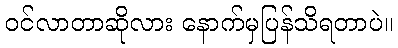
ဝင်လာတာဆိုလား နောက်မှပြန်သိရတာပဲ။